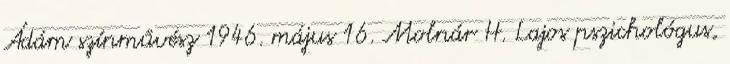
Ádám színművész 1946. május 16. Molnár H. Lajos pszichológus,